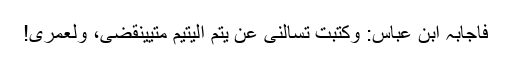
فَاَجَابَہُ ابْنُ عَبَّاسٍ: وَکَتَبْتَ تَسْأَلُنِیْ عَنْ یُتْمِ الْیَتِیْمِ مَتٰییَنْقَضِیْ، وَلَعُمْرِیْ!